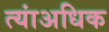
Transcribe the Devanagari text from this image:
त्यांअधिक